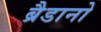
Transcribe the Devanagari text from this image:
ब्रैडानो